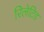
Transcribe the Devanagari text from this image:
रिलेटिड